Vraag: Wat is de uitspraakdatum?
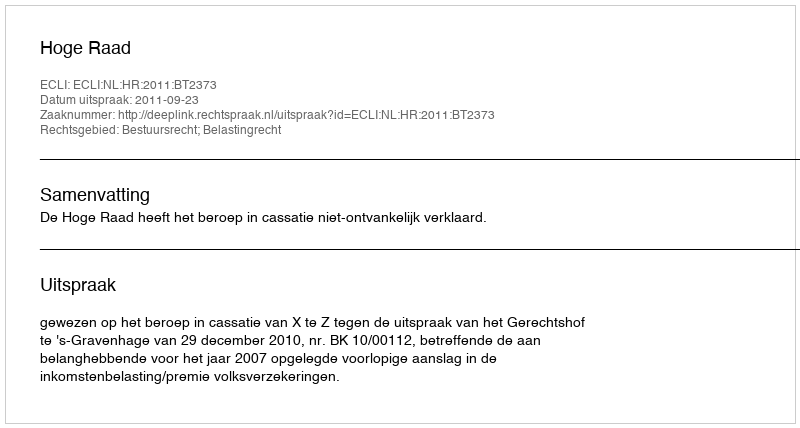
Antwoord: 2011-09-23